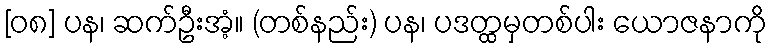
[၀၈] ပန၊ ဆက်ဦးအံ့။ (တစ်နည်း) ပန၊ ပဒတ္ထမှတစ်ပါး ယောဇနာကို